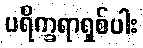
ပရိက္ခရာရှစ်ပါး